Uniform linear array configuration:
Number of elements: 16
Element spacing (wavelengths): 0.75
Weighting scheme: blackman
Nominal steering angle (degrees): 60
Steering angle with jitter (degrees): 60.244
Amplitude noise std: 0.05
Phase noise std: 0.05

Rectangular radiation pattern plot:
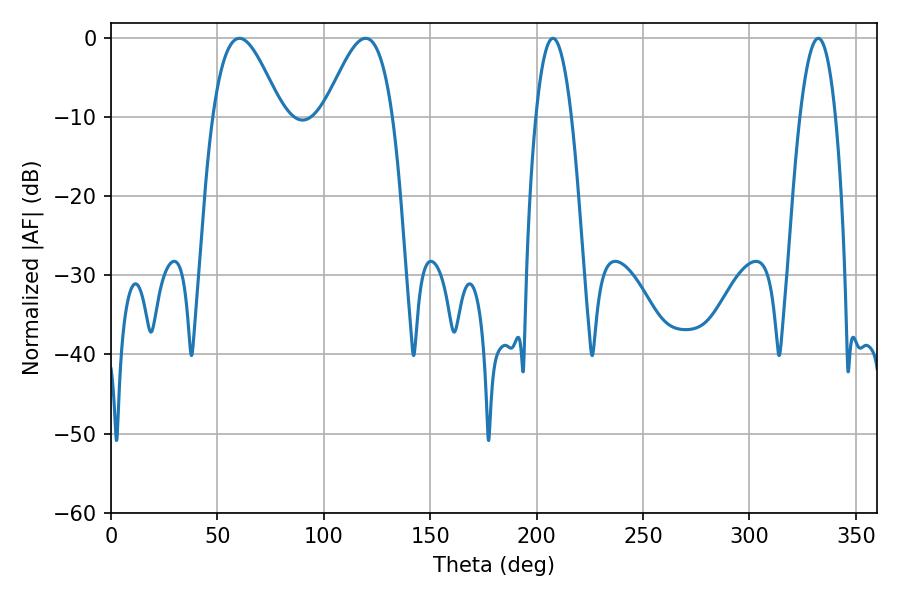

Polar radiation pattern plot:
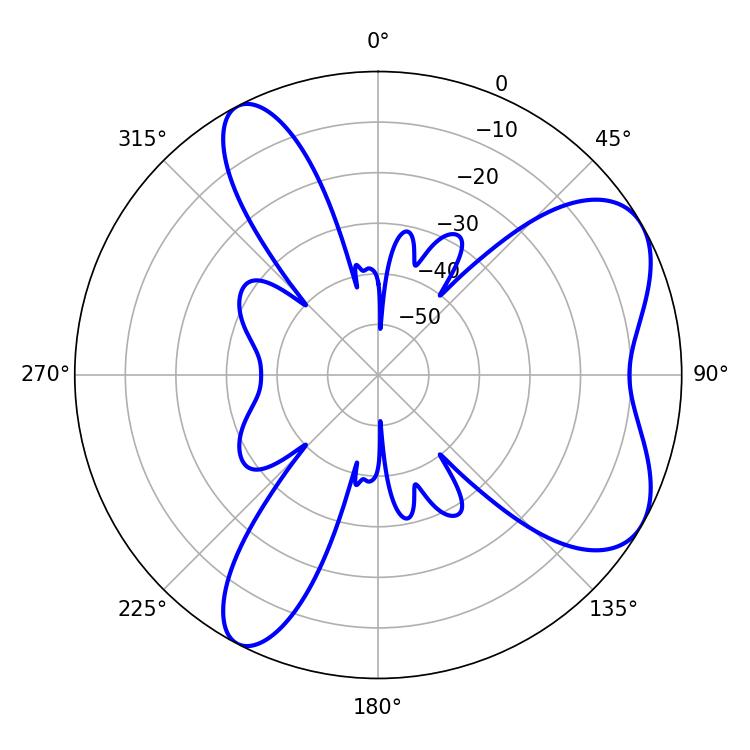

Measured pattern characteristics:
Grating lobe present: TRUE
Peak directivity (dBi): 6.506
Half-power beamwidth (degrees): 17.28
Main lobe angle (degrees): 60.3